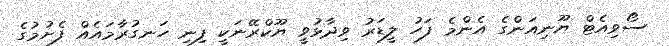
ސޯވިއެޓް ޔޫނިއަންގެ އެންމެ ފަހު ލީޑަރު ވިދާޅުވީ ޔޫކްރޭނަކީ ފިނި ހަނގުރާމައެއް ފެށުމުގެ